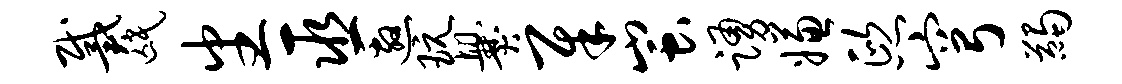
戴氓番巫邀玩爨犀蚩踊嫌熙穹蠲